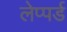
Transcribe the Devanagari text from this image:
लेप्पर्ड